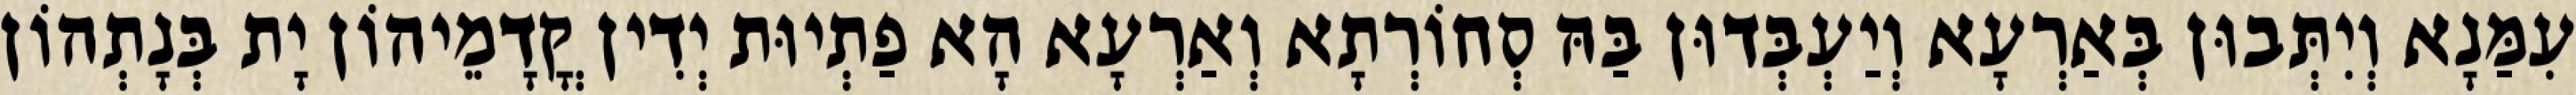
עִמַּנָא וְיִתְּבוּן בְּאַרְעָא וְיַעְבְּדוּן בַּהּ סְחוֹרְתָא וְאַרְעָא הָא פַתְיוּת יְדִין קֳדָמֵיהוֹן יָת בְּנָתְהוֹן